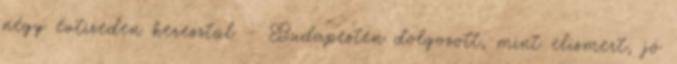
négy évtizeden keresztül – Budapesten dolgozott, mint elismert, jó